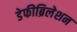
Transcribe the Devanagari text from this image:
डेफीब्रिलेशन